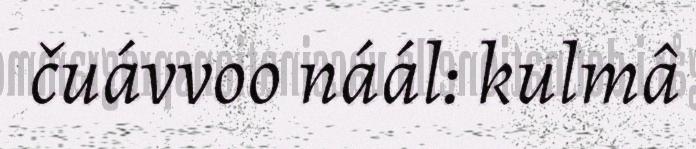
čuávvoo náál: kulmâ